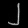
Digit: ၂